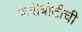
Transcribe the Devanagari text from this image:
फेरीबोटीची